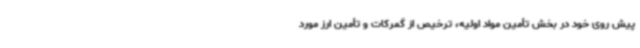
پیش روی خود در بخش تأمین مواد اولیه، ترخیص از گمرکات و تأمین ارز مورد